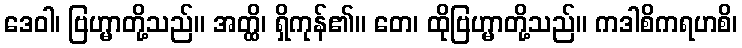
ဒေဝါ၊ ဗြဟ္မာတို့သည်။ အတ္ထိ၊ ရှိကုန်၏။ တေ၊ ထိုဗြဟ္မာတို့သည်။ ကဒါစိကရဟစိ၊